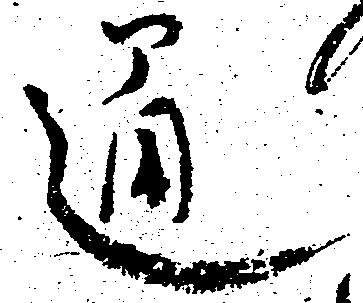
通